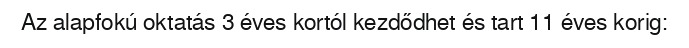
Az alapfokú oktatás 3 éves kortól kezdődhet és tart 11 éves korig: